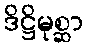
ဒိဋ္ဌိမုစ္ဆာ